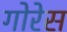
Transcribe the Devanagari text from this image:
गोरेस